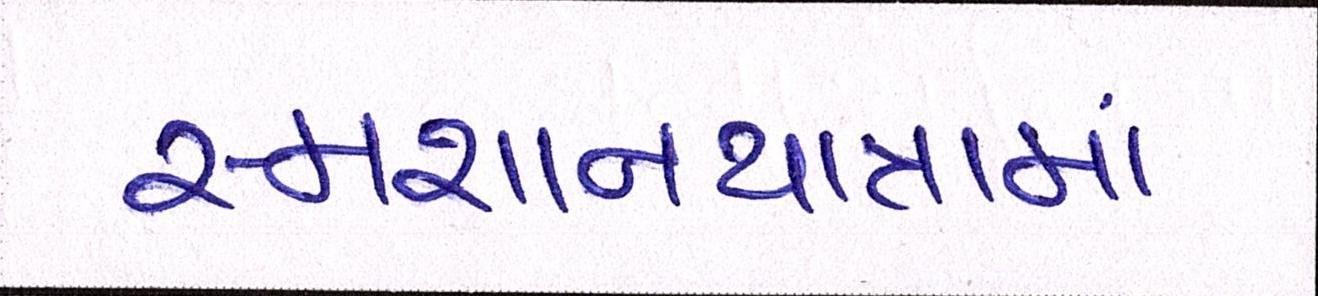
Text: સ્મશાનયાત્રામાં